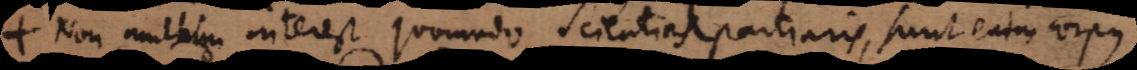
Non multum interest quomodo Scientias partiaris, sunt enim corpus